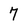
Character: 7